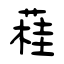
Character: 蓕